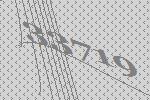
33719